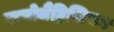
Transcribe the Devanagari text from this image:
बायोमैट्रिशियन